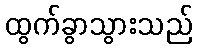
ထွက်ခွာသွားသည်